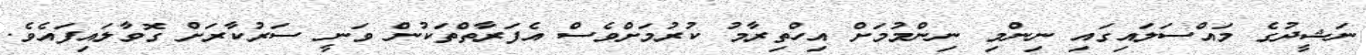
ނަޝީދުގެ މައްސަލައިގައި ނިންމި ނިންމުމަށް އިހްތިރާމު ކުރުމަށްވެސް އެފަރާތްތަކުން ވަނީ ސަރުކާރަށް ގޮވާލައިފައެވެ.